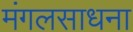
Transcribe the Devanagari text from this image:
मंगलसाधना